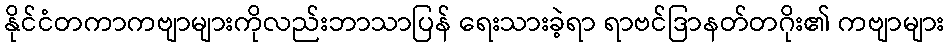
နိုင်ငံတကာကဗျာများကိုလည်းဘာသာပြန် ရေးသားခဲ့ရာ ရာဗင်ဒြာနတ်တဂိုး၏ ကဗျာများ